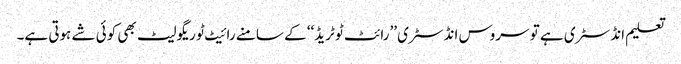
تعلیم انڈسٹری ہے تو سروس انڈسٹری ’’رائٹ ٹو ٹریڈ‘‘ کے سامنے رائیٹ ٹو ریگولیٹ بھی کوئی شے ہوتی ہے۔